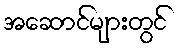
အဆောင်များတွင်